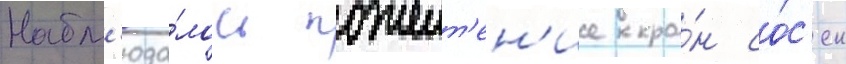
Набл'юда́лось пожелт'ен'ие кро́н со́с'ен